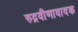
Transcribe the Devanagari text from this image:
रुद्रवीणावादक